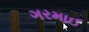
ગરમાઈ